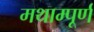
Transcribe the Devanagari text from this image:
मथाम्पूर्ण